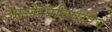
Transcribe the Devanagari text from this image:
आरोग्यविषयीचे